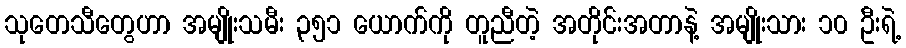
သုတေသီတွေဟာ အမျိုးသမီး ၃၅၁ ယောက်ကို တူညီတဲ့ အတိုင်းအတာနဲ့ အမျိုးသား ၁၀ ဦးရဲ့